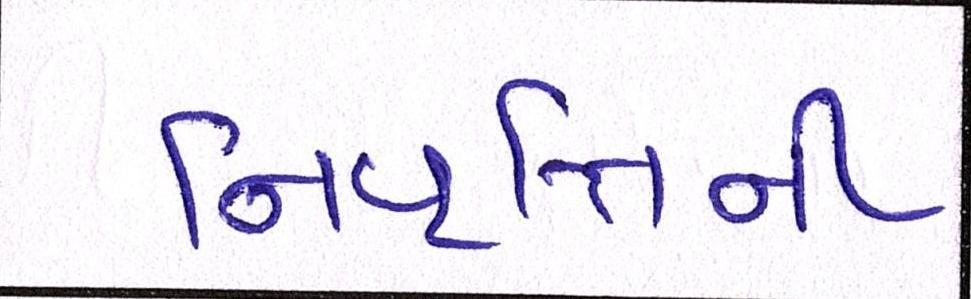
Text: નિવૃત્તિની